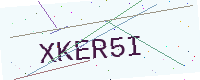
Text: XKER5I